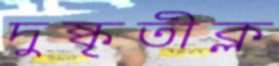
দুষ্কৃতীক্ল